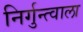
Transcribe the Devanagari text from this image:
निर्गुन्त्वाला